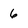
Character: 6